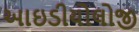
આઇડીયોલોજી